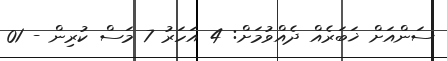
ސަންއަށް ޚަބަރެއް ދެއްވުމަށް: 4 އަހަރު 7 މަސް ކުރިން - 01